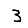
Digit: 3